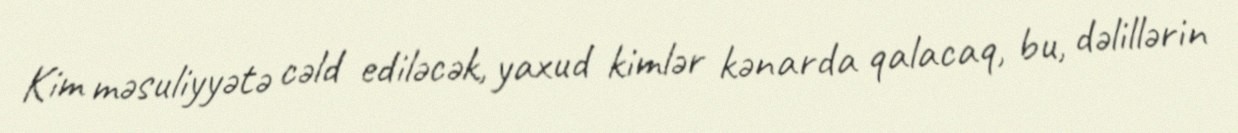
Kim məsuliyyətə cəld ediləcək, yaxud kimlər kənarda qalacaq, bu, dəlillərin